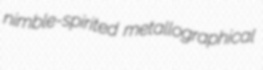
nimble-spirited metallographical